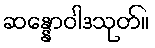
ဆန္နောဝါဒသုတ်။